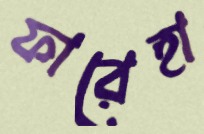
ফারেহা